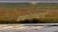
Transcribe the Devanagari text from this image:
प्रबंधाव्दारे